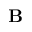
\bf B